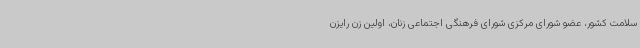
سلامت کشور، عضو شورای مرکزی شورای فرهنگی اجتماعی زنان، اولین زن رایزن